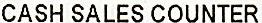
CASH SALES COUNTER